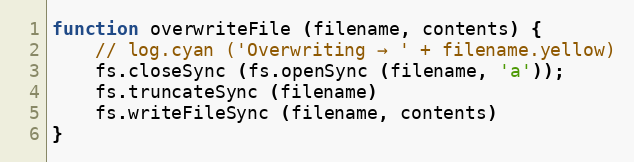
Language: JavaScript
function overwriteFile (filename, contents) {
    // log.cyan ('Overwriting → ' + filename.yellow)
    fs.closeSync (fs.openSync (filename, 'a'));
    fs.truncateSync (filename)
    fs.writeFileSync (filename, contents)
}